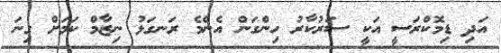
އަދި ޑިމޮކްރަސީ އަކީ ސަރުކާރު ހިންގަން އެންމެ ރަނގަޅު ނިޒާމް ކަމަށް ގިނަ